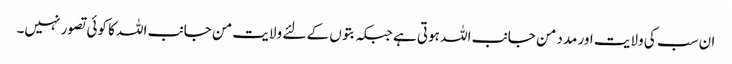
ان سب کی ولایت اور مدد من جانب اللہ ہوتی ہے جبکہ بتوں کے لئے ولایت من جانب اللہ کا کوئی تصور نہیں۔